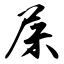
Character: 屎